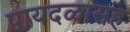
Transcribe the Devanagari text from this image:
पायदळासह